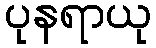
ပုနရာယု